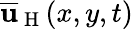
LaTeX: \overline{{\mathbf{u}}}_{\mathrm{~H~}}(x,y,t)